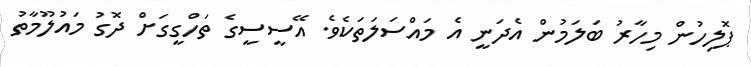
ޕޮލިހުން މިހާރު ބަލަމުން އެދަނީ އެ މައްސަލަތަކެވެ. އޭސީސީގެ ތަހްގީގަށް ދޮގު މައުލޫމާތު